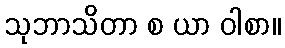
သုဘာသိတာ စ ယာ ဝါစာ။